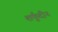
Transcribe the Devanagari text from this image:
शर्फुदीन